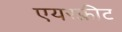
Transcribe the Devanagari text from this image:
एयरफ़्रीट